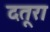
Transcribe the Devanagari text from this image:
दतूरा